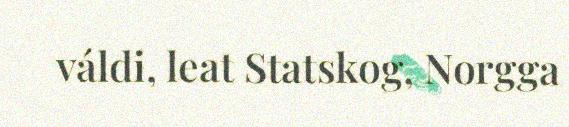
váldi, leat Statskog, Norgga